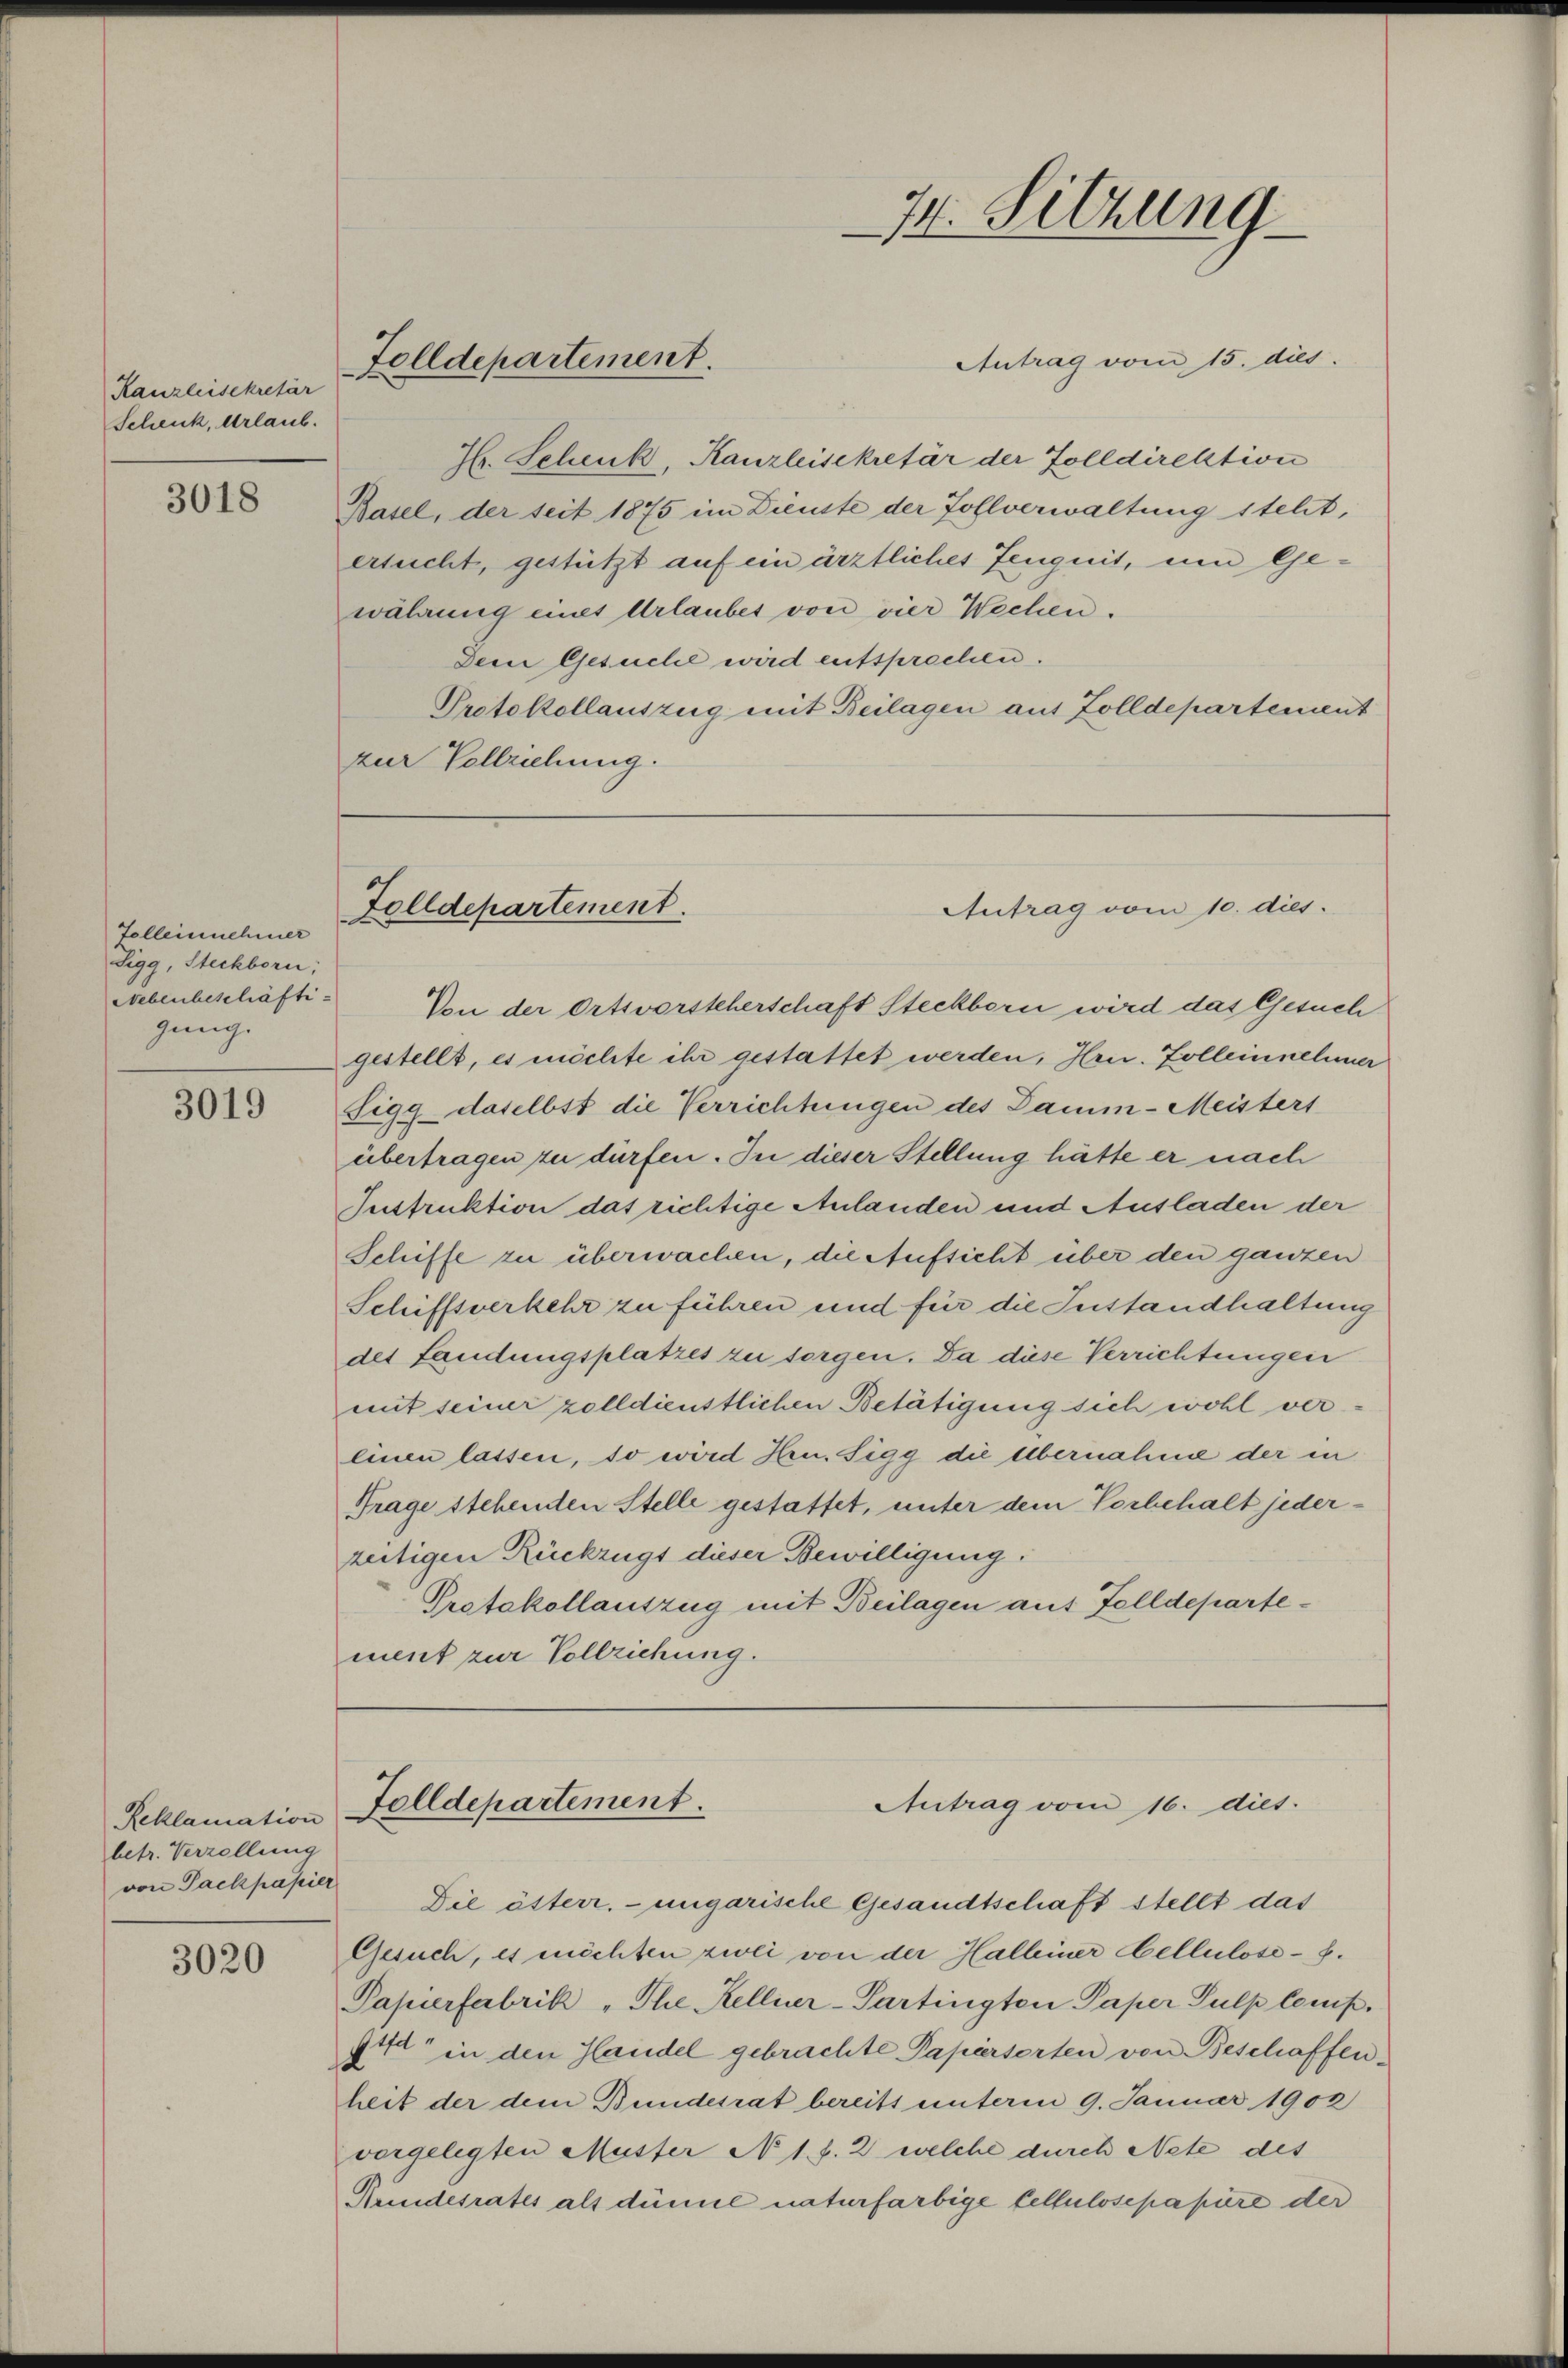
Kanzleisekretär
Schenk, Urlaub.

3018

Tolleinnehmer
Sigg, Steckborn,
Nebenbeschäftigung.

3019

Reklamation
betr. Verzellung
von Packpapier

3020

Folldepartement.

Antrag vom 15. dies
H. Schenk, Kanzleisekretär der Zolldirektion
Basel, der seit 1875 im Dienste der Zollverwaltung steht,
ersucht, gestützt auf ein ärztliches Zeugnis, um Gewährung eines Urlaubes von vier Wechen.
Dem Gesuche wird entsprechen.
Protokollauszug mit Beilagen aus Zolldepartement
zur Vollziehung.

74. Sitzung

Antrag vom 10. dies
Folldepartement.

Von der Ortsvorsteherschaft Steckborn wird das Gesuch
gestellt, es möchte ihr gestattet werden, Hrn. Zolleinnehmer
Sigg daselbst die Verrichtungen des Damm-Meisters
übertragen zu dürfen. In dieser Stellung hätte er nach
Instruktion das richtige Anlanden und Ausladen der
Schiffe zu überwachen, die Aufsicht über den ganzen
Schiffsverkehr zu führen und für die Instandhaltung
des Landungsplatzes zu sorgen. Da diese Verrichtungen
mit seiner zolldienstlichen Betätigung sich wohl vereinen lassen, so wird Hrn. Sigg die Übernahme der in
Trage stehenden Stelle gestattet, unter dem Vorbehalt jederzeitigen Rückzugt dieser Bewilligung.
Protokollauszug mit Beilagen auf Felldepartement zur Vollziehung.

Folldepartement.
Antrag vom 16. dies

Die österr. ungarische Gesandtschaft stellt das
Gesuch, es möchten zwei von der Halleiner Celluloses.
Papierfabrik „The Kellner-Partington Paper Sulp lemp.
otta in den Handel gebrachte Papierserten von Beschaffen.
heit der dem Bundesrat bereits unterm 9. Januar 1902
vorgelegten Muster N 1. f. 2 welche durch Nete des
Kundesrates als dümil naturfarbige Cellulose papiere der